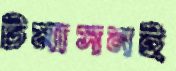
টমাসনই